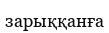
зарыққанға